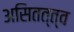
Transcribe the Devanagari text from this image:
असितत्त्व